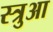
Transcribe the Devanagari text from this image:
स्त्रुआ